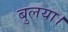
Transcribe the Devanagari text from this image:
बुलया।